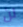
لن